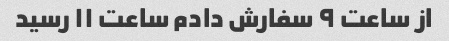
از ساعت ۹ سفارش دادم ساعت ۱۱ رسید